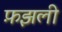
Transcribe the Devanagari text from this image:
फ़झली